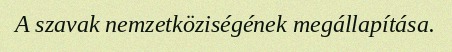
A szavak nemzetköziségének megállapítása.